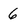
Character: 6